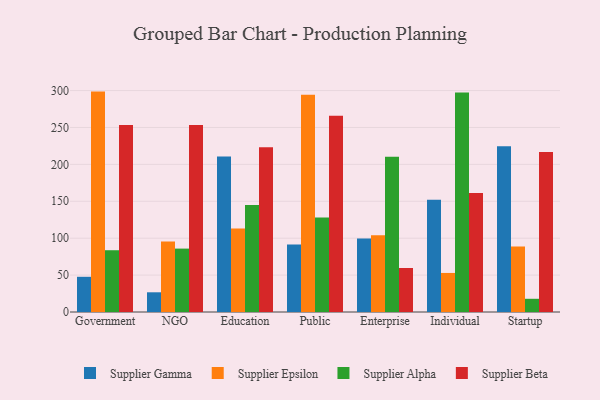
{"axis": {"x": "Segment", "y": "Page Views"}, "legend": ["Supplier Alpha", "Supplier Beta", "Supplier Epsilon", "Supplier Gamma"], "data": [{"x": "Government", "y": 47.7, "type": "Supplier Gamma"}, {"x": "Government", "y": 298.6, "type": "Supplier Epsilon"}, {"x": "Government", "y": 83.7, "type": "Supplier Alpha"}, {"x": "Government", "y": 253.5, "type": "Supplier Beta"}, {"x": "NGO", "y": 26.7, "type": "Supplier Gamma"}, {"x": "NGO", "y": 95.4, "type": "Supplier Epsilon"}, {"x": "NGO", "y": 85.9, "type": "Supplier Alpha"}, {"x": "NGO", "y": 253.2, "type": "Supplier Beta"}, {"x": "Education", "y": 210.7, "type": "Supplier Gamma"}, {"x": "Education", "y": 113.2, "type": "Supplier Epsilon"}, {"x": "Education", "y": 145.1, "type": "Supplier Alpha"}, {"x": "Education", "y": 223.2, "type": "Supplier Beta"}, {"x": "Public", "y": 91.4, "type": "Supplier Gamma"}, {"x": "Public", "y": 294.4, "type": "Supplier Epsilon"}, {"x": "Public", "y": 128.0, "type": "Supplier Alpha"}, {"x": "Public", "y": 265.8, "type": "Supplier Beta"}, {"x": "Enterprise", "y": 99.7, "type": "Supplier Gamma"}, {"x": "Enterprise", "y": 104.1, "type": "Supplier Epsilon"}, {"x": "Enterprise", "y": 210.4, "type": "Supplier Alpha"}, {"x": "Enterprise", "y": 59.6, "type": "Supplier Beta"}, {"x": "Individual", "y": 152.1, "type": "Supplier Gamma"}, {"x": "Individual", "y": 52.9, "type": "Supplier Epsilon"}, {"x": "Individual", "y": 297.3, "type": "Supplier Alpha"}, {"x": "Individual", "y": 161.1, "type": "Supplier Beta"}, {"x": "Startup", "y": 224.5, "type": "Supplier Gamma"}, {"x": "Startup", "y": 88.8, "type": "Supplier Epsilon"}, {"x": "Startup", "y": 17.9, "type": "Supplier Alpha"}, {"x": "Startup", "y": 216.8, "type": "Supplier Beta"}]}